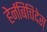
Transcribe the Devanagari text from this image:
हेर्नबिचिदेस्